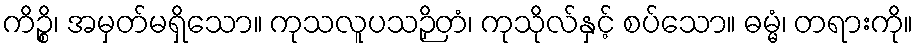
ကိဉ္စိ၊ အမှတ်မရှိသော။ ကုသလူပသဉှိတံ၊ ကုသိုလ်နှင့် စပ်သော။ ဓမ္မံ၊ တရားကို။